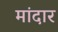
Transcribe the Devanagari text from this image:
मांदार